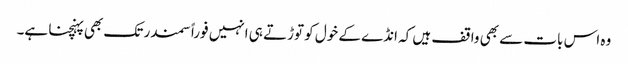
وہ اس بات سے بھی واقف ہیں کہ انڈے کے خول کو توڑتے ہی انہیں فوراً سمندر تک بھی پہنچنا ہے۔